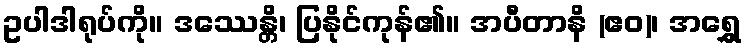
ဥပါဒါရုပ်ကို။ ဒဿေန္တိ၊ ပြနိုင်ကုန်၏။ အပီတာနိ (ဧဝ)၊ အရွှေ